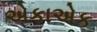
એકાએક